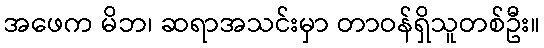
အဖေက မိဘ၊ ဆရာအသင်းမှာ တာဝန်ရှိသူတစ်ဦး။